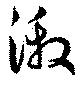
激